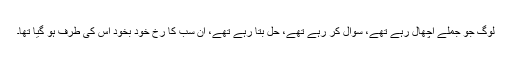
لوگ جو جملے اچھال رہے تھے، سوال کر رہے تھے، حل بتا رہے تھے، ان سب کا رخ خود بخود اس کی طرف ہو گیا تھا۔